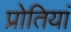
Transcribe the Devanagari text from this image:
प्रोतियां